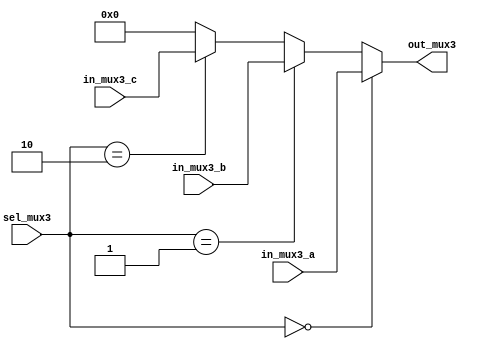
`timescale 1ns / 1ps
//////////////////////////////////////////////////////////////////////////////////
// Company: 
// Engineer: 
// 
// Design Name: 
// Module Name: MUX3
// Project Name: 
// Target Devices: 
// Tool Versions: 
// Description: 
// 
// Dependencies: 
// 
// Revision:
// Revision 0.01 - File Created
// Additional Comments:
// 
//////////////////////////////////////////////////////////////////////////////////


module MUX3(
input[1:0] sel_mux3,
input [31:0] in_mux3_a, in_mux3_b, in_mux3_c,
output[31:0] out_mux3
    );
/*    
always@(*)begin
case(sel_mux3)
2'b00: out_mux3 <= in_mux3_a;
2'b01: out_mux3 <= in_mux3_b;
2'b10: out_mux3 <= in_mux3_c ;
default: out_mux3 <= 32'h00000000;
endcase
end
*/   
assign out_mux3 = (sel_mux3 == 0)? in_mux3_a: (sel_mux3 == 1)? in_mux3_b : (sel_mux3 == 2)? in_mux3_c : 32'h00000000;    
   
    
endmodule